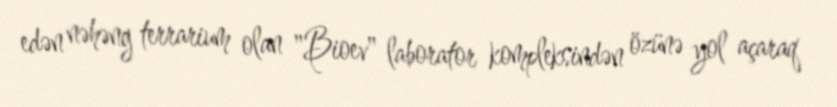
edən nəhəng terrarium olan "Bioev" laborator kompleksindən özünə yol açaraq